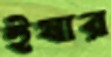
ইষার